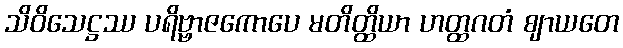
သိဝိသေဋ္ဌဿ ပရိဗ္ဗာဇကောပေ မတိတ္ထိယာ ဟတ္ထဂတံ ဈာယတေ